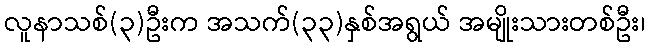
လူနာသစ်(၃)ဦးက အသက်(၃၃)နှစ်အရွယ် အမျိုးသားတစ်ဦး၊